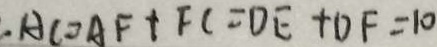
. A C = A F + F C = D E + D F = 1 0